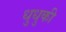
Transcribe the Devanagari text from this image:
धुधुकी